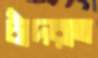
চাঁদরাত